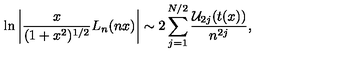
\ln \left\vert { \frac { x } { ( 1 + x ^ { 2 } ) ^ { 1 / 2 } } } L _ { n } ( n x ) \right\vert \sim 2 \sum _ { j = 1 } ^ { N / 2 } { \frac { { \cal U } _ { 2 j } ( t ( x ) ) } { n ^ { 2 j } } } ,